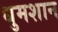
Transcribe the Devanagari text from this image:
धुमशान